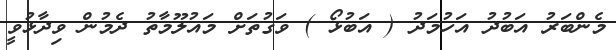
މެންބަރު އަބުދު އަހުމަދު ( އަބުޅޯ ) ވަގުތަށް މައުލޫމާތު ދެމުން ވިދާޅުވީ